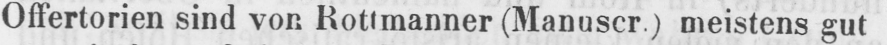
Offertorien sind von Rottmanner (Manuscr.) meistens gut